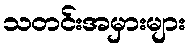
သတင်းအမှားများ